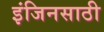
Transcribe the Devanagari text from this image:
इंजिनसाठी